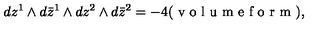
d z ^ { 1 } \wedge d \bar { z } ^ { 1 } \wedge d z ^ { 2 } \wedge d \bar { z } ^ { 2 } = - 4 ( \textrm { v o l u m e f o r m } ) ,